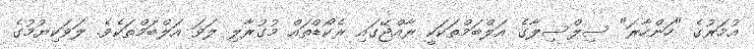
އުމަރުގެ "ހަންހާރަ" ސިލްސިލާގެ އަލްބަމްތަކަކީ ރާއްޖޭގައި ރެކޯޑްތައް މުގުރާލި ލަވަ އަލްބަމްތަކެވެ. ލަވަކިޔުމުގެ